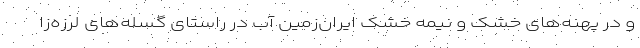
و در پهنه‌های خشک و نیمه خشک ایران‌زمین آب در راستای گسله‌های لرزه‌زا